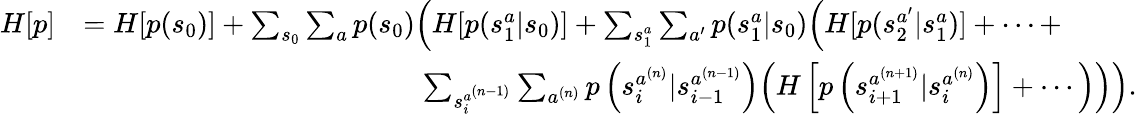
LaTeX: \begin{array}{rl}{H[p]}&{=H[p(s_{0})]+\sum_{s_{0}}\sum_{a}p(s_{0})\Big(H[p(s_{1}^{a}|s_{0})]+\sum_{s_{1}^{a}}\sum_{a^{\prime}}p(s_{1}^{a}|s_{0})\Big(H[p(s_{2}^{a^{\prime}}|s_{1}^{a})]+\cdots+}\\ &{\qquad\qquad\qquad\qquad\qquad\qquad\sum_{s_{i}^{a^{(n-1)}}}\sum_{a^{(n)}}p\left(s_{i}^{a^{(n)}}|s_{i-1}^{a^{(n-1)}}\right)\Big(H\left[p\left(s_{i+1}^{a^{(n+1)}}|s_{i}^{a^{(n)}}\right)\right]+\cdots\Big)\Big)\Big).}\end{array}